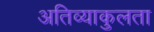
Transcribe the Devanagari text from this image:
अतिव्याकुलता